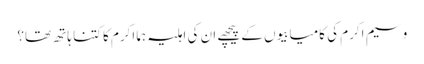
وسیم اکرم کی کامیابیوں کے پیچھے ان کی اہلیہ ہما اکرم کا کتنا ہاتھ تھا؟